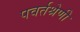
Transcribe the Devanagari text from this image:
पवर्तश्रेणी